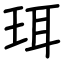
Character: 珥